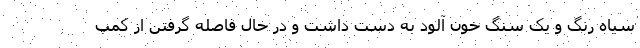
سیاه رنگ و یک سنگ خون آلود به دست داشت و در حال فاصله گرفتن از کمپ